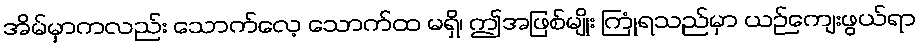
အိမ်မှာကလည်း သောက်လေ့ သောက်ထ မရှိ၊ ဤအဖြစ်မျိုး ကြုံရသည်မှာ ယဉ်ကျေးဖွယ်ရာ